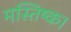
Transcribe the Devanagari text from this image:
मस्तिष्क।